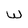
Character: W